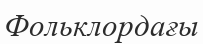
Фольклордағы